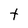
Character: t